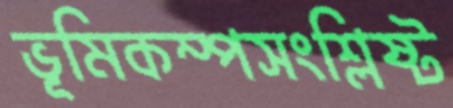
ভূমিকম্পসংশ্লিষ্ট